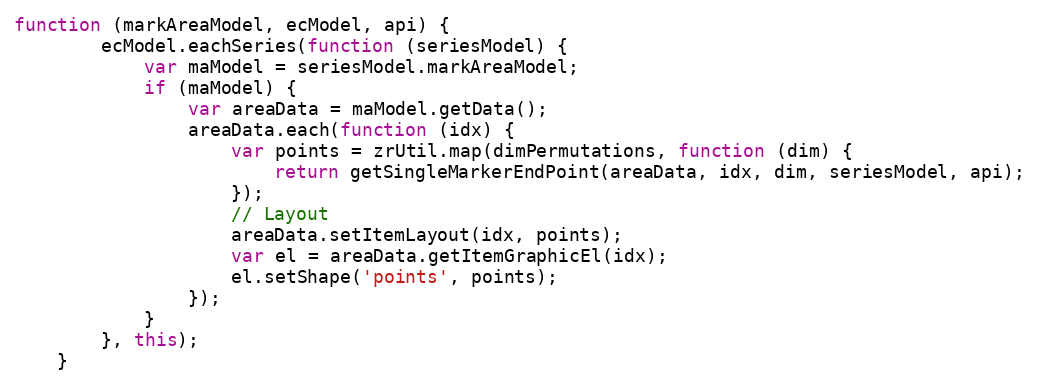
Language: JavaScript
function (markAreaModel, ecModel, api) {
        ecModel.eachSeries(function (seriesModel) {
            var maModel = seriesModel.markAreaModel;
            if (maModel) {
                var areaData = maModel.getData();
                areaData.each(function (idx) {
                    var points = zrUtil.map(dimPermutations, function (dim) {
                        return getSingleMarkerEndPoint(areaData, idx, dim, seriesModel, api);
                    });
                    // Layout
                    areaData.setItemLayout(idx, points);
                    var el = areaData.getItemGraphicEl(idx);
                    el.setShape('points', points);
                });
            }
        }, this);
    }